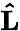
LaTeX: \mathbf{\hat{L}}